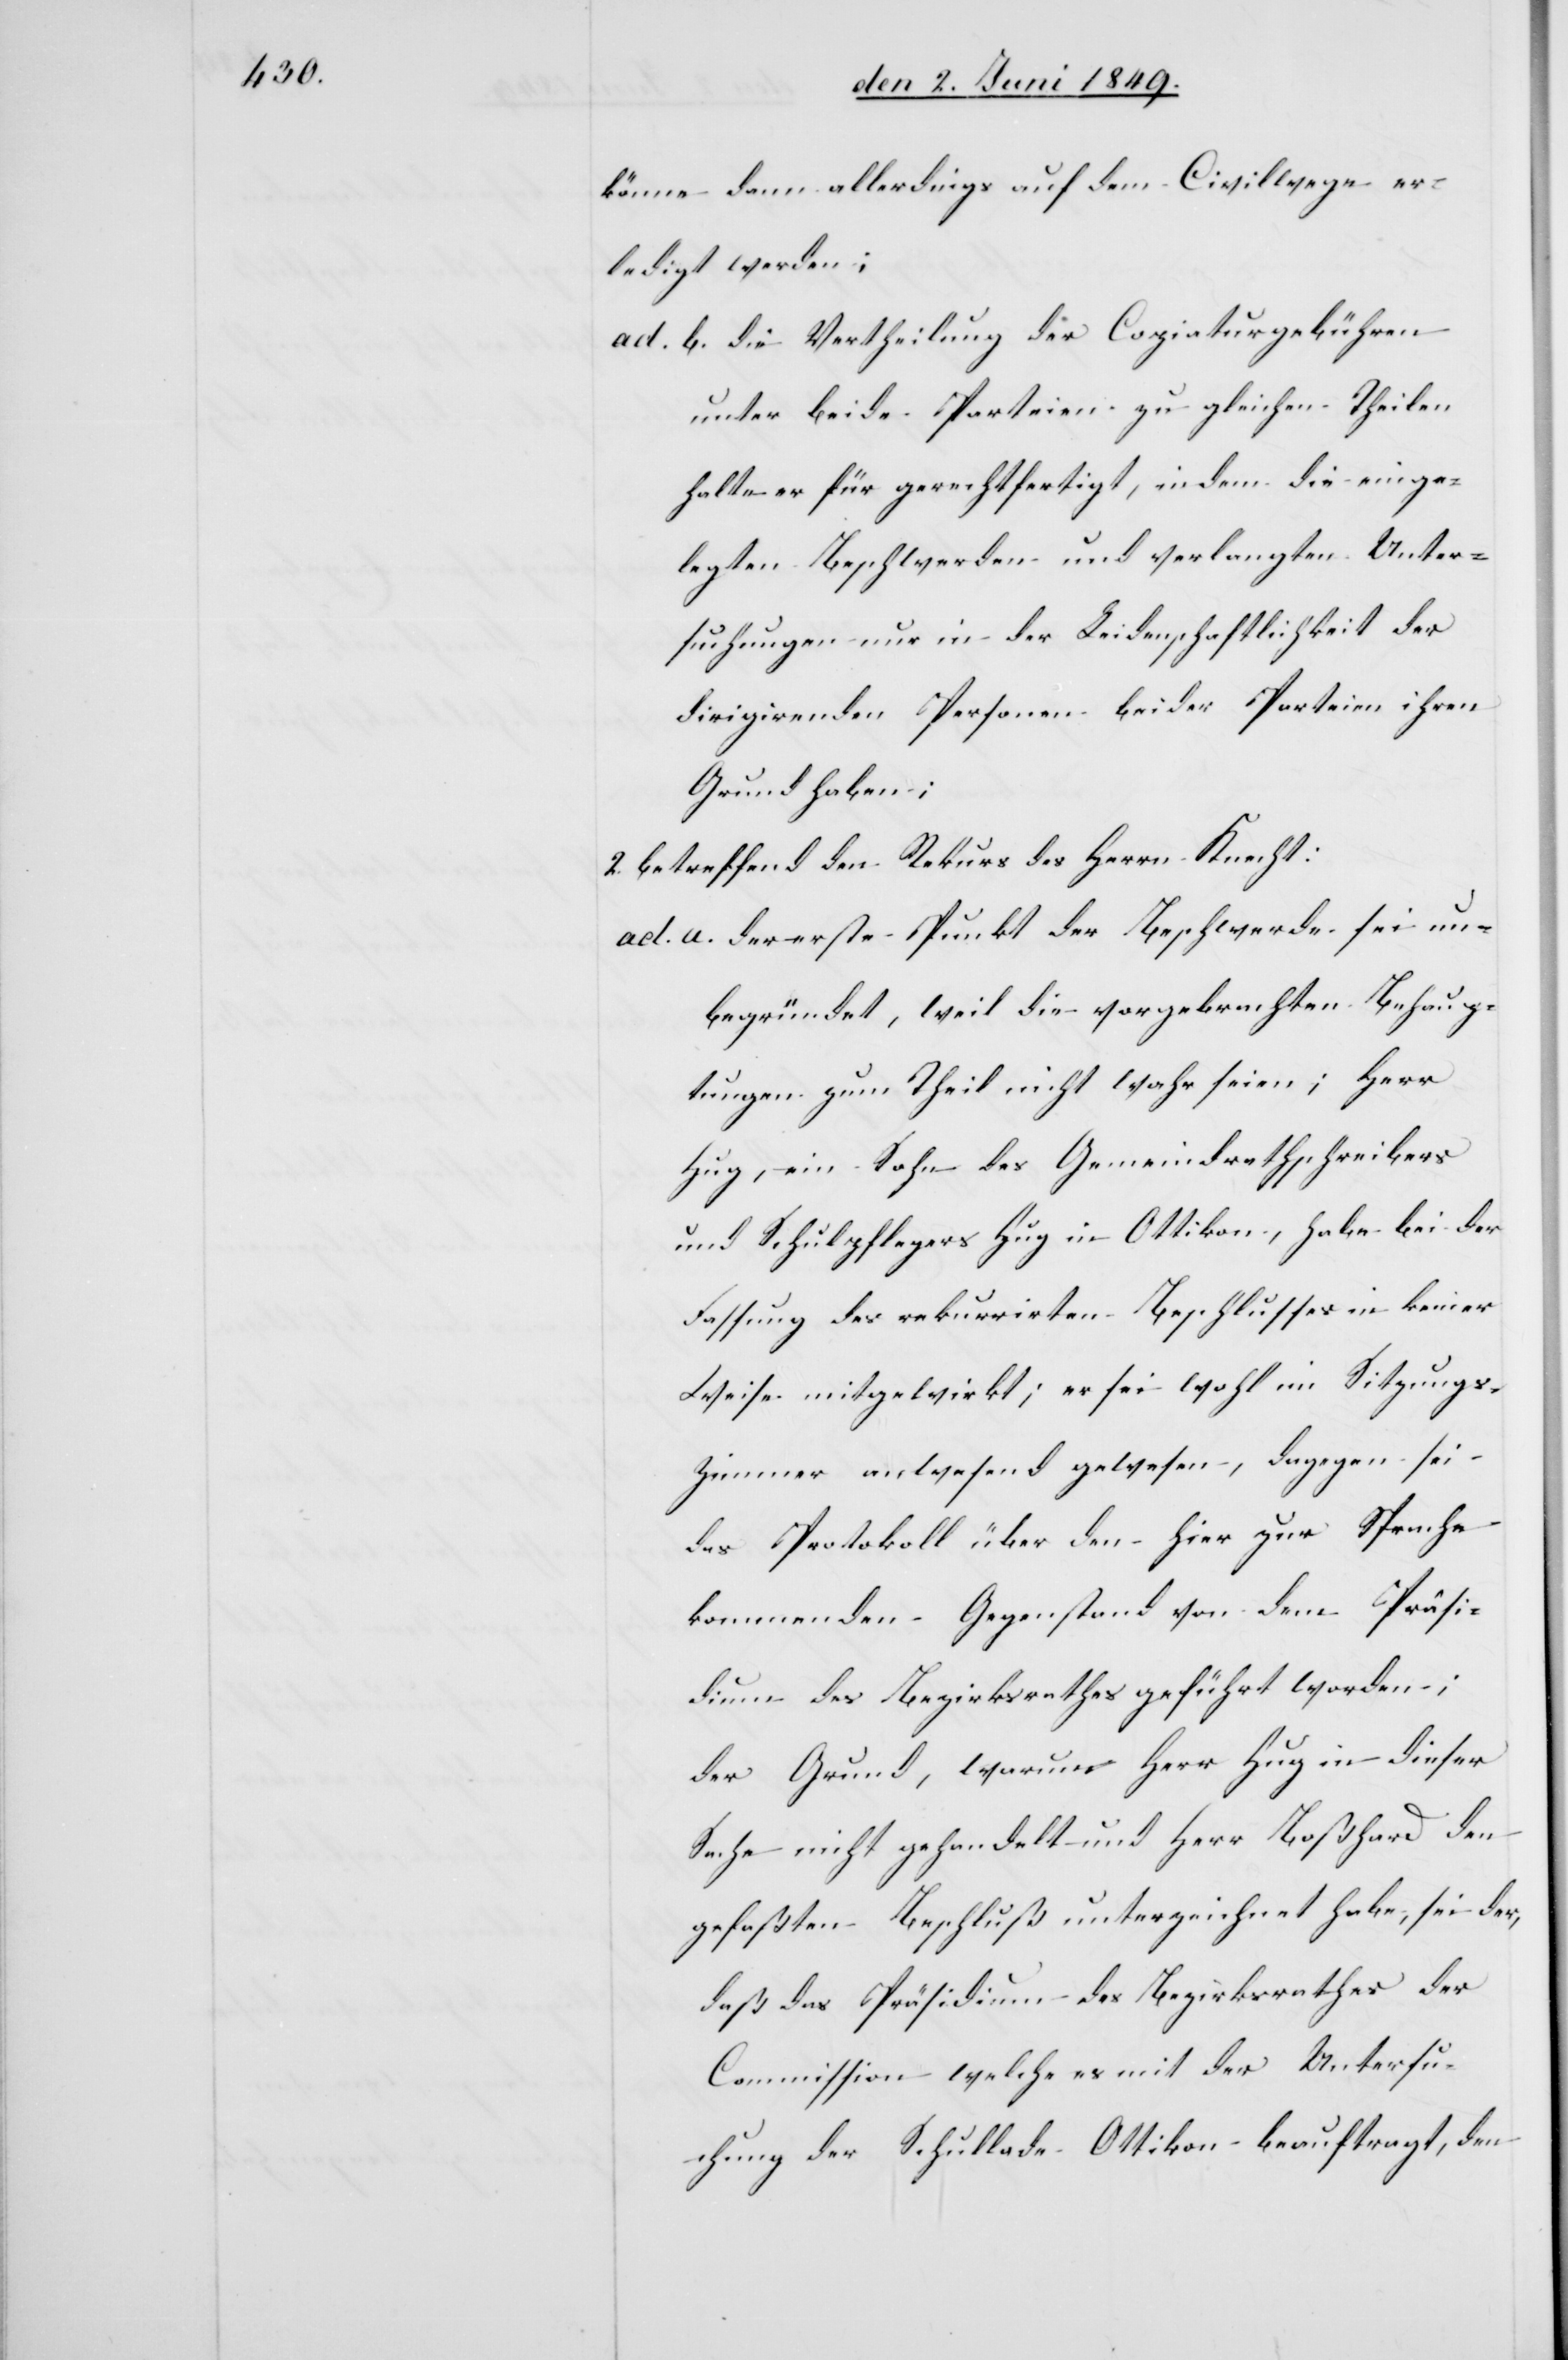
könne dann allerdings auf dem Civilwege er¬
ledigt werden;
ad. b. die Vertheilung der Copiaturgebühren
unter beide Parteien zu gleichen Theilen
halte es für gerechtfertigt, indem die einge¬
legten Beschwerden und verlangten Unter¬
suchungen nur in der Leidenschaftlichkeit der
dirigirenden Personen beider Parteien ihren
Grund haben;
2. Betreffend den Rekurs des Herrn Knecht:
ad. a. der erste Punkt der Beschwerde sei un¬
begründet, weil die vorgebrachten Behaup¬
tungen zum Theil nicht wahr seien; Herr
Hug, ein Sohn des Gemeindrathschreibers
und Schulpflegers Hug in Ottikon, habe bei der
Fassung des rekurrirten Beschlusses in keiner
Weise mitgewirkt; er sei wohl im Sitzungs¬
zimmer anwesend gewesen, dagegen sei
das Protokoll über den hier zur Sprache
kommenden Gegenstand von dem Präsi¬
denten des Bezirksrathes geführt worden;
der Grund, warum Herr Hug in dieser
Sache nicht gehandelt und Herr Boßhard den
gefaßten Beschluß unterzeichnet habe, sei der,
daß das Präsidium des Bezirksrathes der
Commission welche es mit der Untersu¬
chung der Schullade Ottikon beauftragt, den